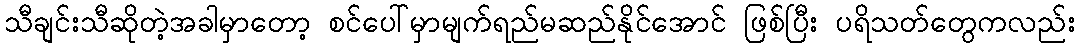
သီချင်းသီဆိုတဲ့အခါမှာတော့ စင်ပေါ်မှာမျက်ရည်မဆည်နိုင်အောင် ဖြစ်ပြီး ပရိသတ်တွေကလည်း